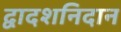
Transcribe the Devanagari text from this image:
द्वादशनिदान